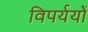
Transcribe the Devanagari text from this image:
विपर्ययों